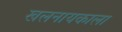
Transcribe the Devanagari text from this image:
खलनायकाला